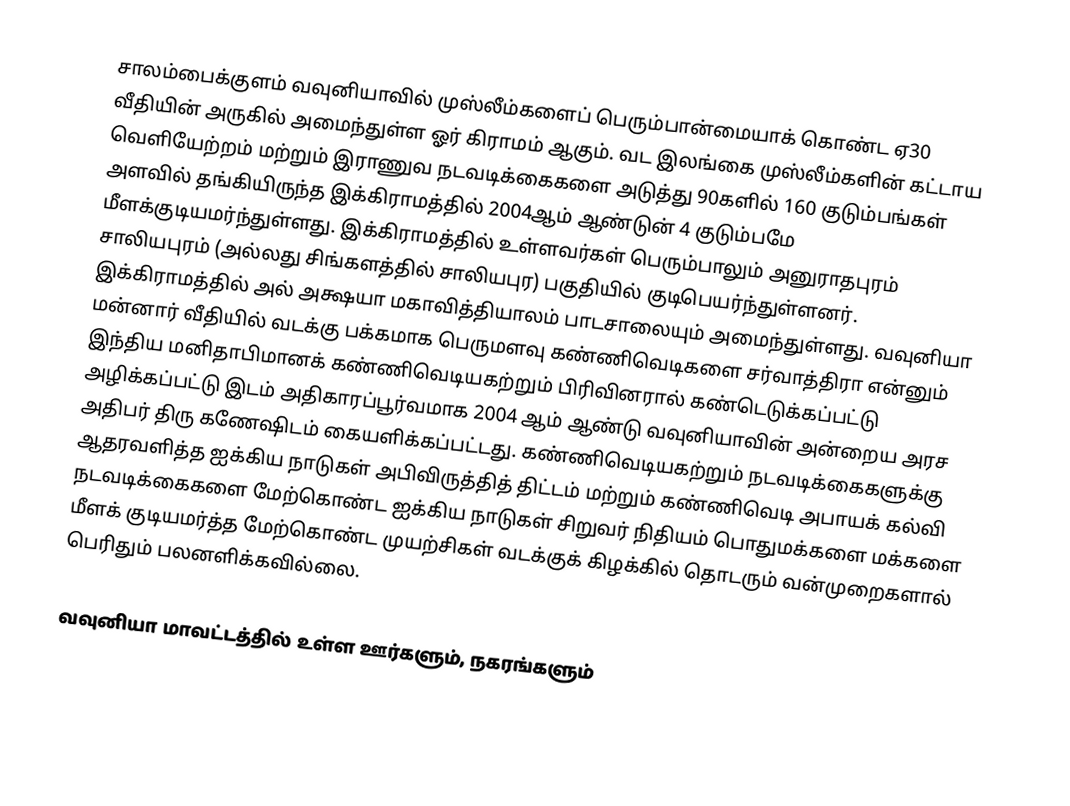
சாலம்பைக்குளம் வவுனியாவில் முஸ்லீம்களைப் பெரும்பான்மையாக் கொண்ட ஏ30 வீதியின் அருகில் அமைந்துள்ள ஓர் கிராமம் ஆகும். வட இலங்கை முஸ்லீம்களின் கட்டாய வெளியேற்றம் மற்றும் இராணுவ நடவடிக்கைகளை அடுத்து 90களில் 160 குடும்பங்கள் அளவில் தங்கியிருந்த இக்கிராமத்தில் 2004ஆம் ஆண்டுன் 4 குடும்பமே மீளக்குடியமர்ந்துள்ளது. இக்கிராமத்தில் உள்ளவர்கள் பெரும்பாலும் அனுராதபுரம் சாலியபுரம் (அல்லது சிங்களத்தில் சாலியபுர) பகுதியில் குடிபெயர்ந்துள்ளனர்.  இக்கிராமத்தில் அல் அக்ஷயா மகாவித்தியாலம் பாடசாலையும் அமைந்துள்ளது. வவுனியா மன்னார் வீதியில் வடக்கு பக்கமாக பெருமளவு கண்ணிவெடிகளை சர்வாத்திரா என்னும் இந்திய மனிதாபிமானக் கண்ணிவெடியகற்றும் பிரிவினரால் கண்டெடுக்கப்பட்டு அழிக்கப்பட்டு இடம் அதிகாரப்பூர்வமாக 2004 ஆம் ஆண்டு வவுனியாவின் அன்றைய அரச அதிபர் திரு கணேஷிடம் கையளிக்கப்பட்டது. கண்ணிவெடியகற்றும் நடவடிக்கைகளுக்கு ஆதரவளித்த ஐக்கிய நாடுகள் அபிவிருத்தித் திட்டம் மற்றும் கண்ணிவெடி அபாயக் கல்வி நடவடிக்கைகளை மேற்கொண்ட  ஐக்கிய நாடுகள் சிறுவர் நிதியம் பொதுமக்களை மக்களை மீளக் குடியமர்த்த மேற்கொண்ட முயற்சிகள் வடக்குக் கிழக்கில் தொடரும் வன்முறைகளால் பெரிதும் பலனளிக்கவில்லை.

வவுனியா மாவட்டத்தில் உள்ள ஊர்களும், நகரங்களும்